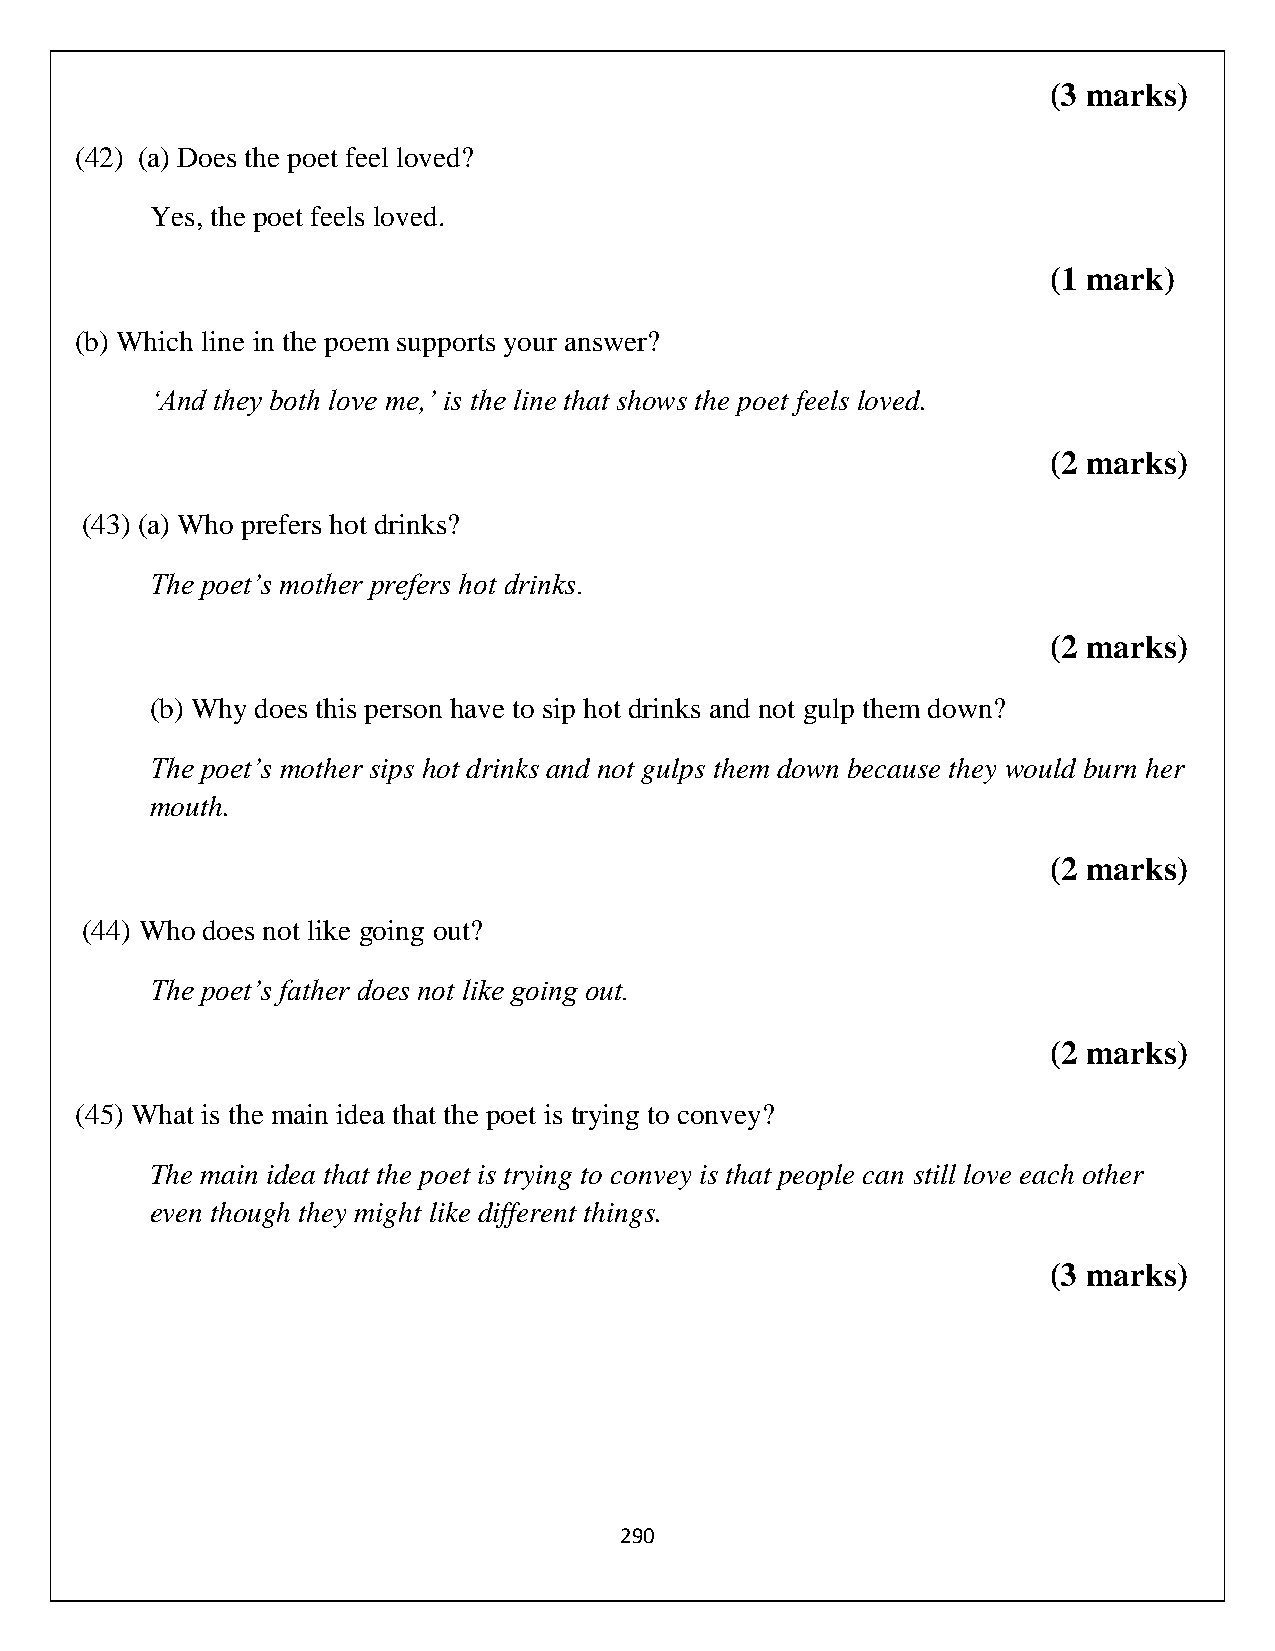
(3 marks)
 (42) (a) Does the poet feel loved?
 Yes, the poet feels loved.
 (1 mark)
 (b) Which line in the poem supports your answer?
 ‘And they both love me,’ is the line that shows the poet feels loved.
 (2 marks)
 (43) (a) Who prefers hot drinks?
 The poet’s mother prefers hot drinks.
 (2 marks)
 (b) Why does this person have to sip hot drinks and not gulp them down?
 The poet’s mother sips hot drinks and not gulps them down because they would burn her
 mouth.
 (2 marks)
 (44) Who does not like going out?
 The poet’s father does not like going out.
 (2 marks)
 (45) What is the main idea that the poet is trying to convey?
 The main idea that the poet is trying to convey is that people can still love each other
 even though they might like different things.
 (3 marks)
 290